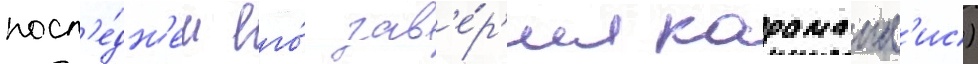
посл'е́дн'ем его́ зав'е́р'ил караманл'ис)